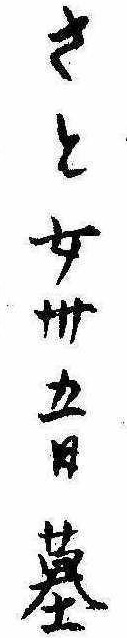
さと女卅五日墓